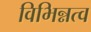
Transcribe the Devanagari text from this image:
विभिन्नत्व